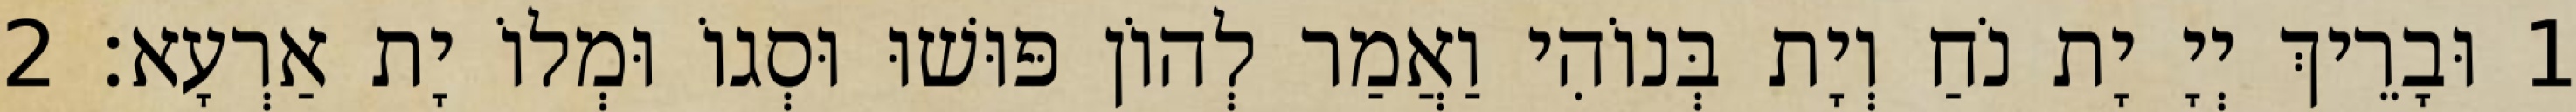
1 וּבָרֵיךְ יְיָ יָת נֹחַ וְיָת בְּנוֹהִי וַאֲמַר לְהוֹן פּוּשׁוּ וּסְגוֹ וּמְלוֹ יָת אַרְעָא׃ 2